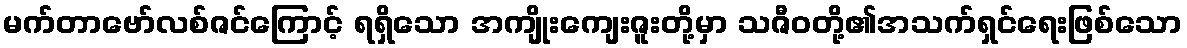
မက်တာဗော်လစ်ဇင်ကြောင့် ရရှိသော အကျိုးကျေးဇူးတို့မှာ သဇီဝတို့၏အသက်ရှင်ရေးဖြစ်သော